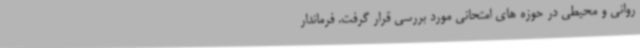
روانی و محیطی در حوزه های امتحانی مورد بررسی قرار گرفت. فرماندار